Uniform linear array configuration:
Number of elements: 16
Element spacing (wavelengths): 1
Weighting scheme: hamming
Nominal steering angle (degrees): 15
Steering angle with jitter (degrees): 14.4
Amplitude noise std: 0.05
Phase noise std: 0.05

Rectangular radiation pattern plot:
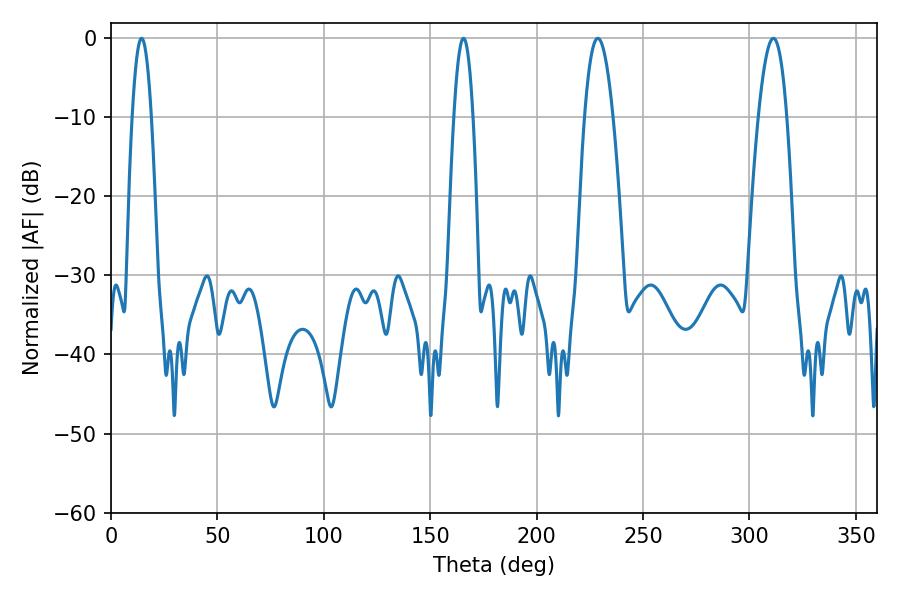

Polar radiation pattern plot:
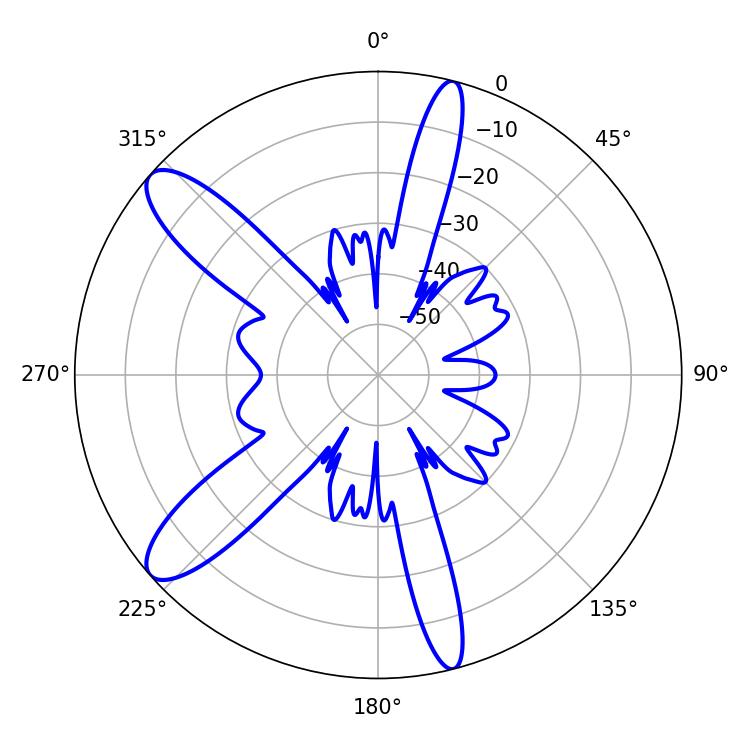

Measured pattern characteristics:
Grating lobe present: TRUE
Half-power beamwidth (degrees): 7.38
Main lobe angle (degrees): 228.78